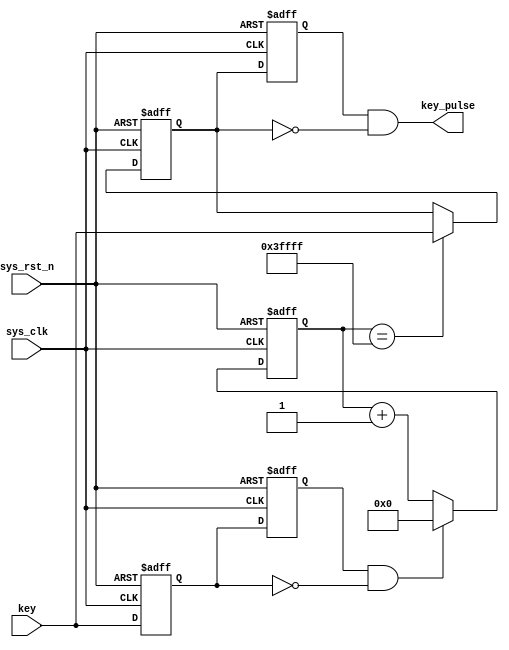
module KEY (sys_clk, sys_rst_n, key, key_pulse);

	input sys_clk;
	input sys_rst_n;
	
	input key;
	
	output key_pulse;
	
	reg key_rst_pre;	//
	reg key_rst;		//
	
	wire key_edge;
	
	always @ (posedge sys_clk or negedge sys_rst_n)
		begin 
		
			if (!sys_rst_n)
				begin
					
					key_rst <= 1'b1;
					
					key_rst_pre <= 1'b1;
				
				end
			else
				begin
						
					key_rst <= key;
					key_rst_pre <= key_rst;
						
				end
		end
		
		assign key_edge = key_rst_pre & (~key_rst);
		
		reg [17 : 0] cnt;
		always @(posedge sys_clk or negedge sys_rst_n)
		begin
			
			if (!sys_rst_n)
				cnt <= 18'b0;
			else if (key_edge)
				cnt <= 18'h0;
			else
				cnt <= cnt + 18'd1;
		end
		
		reg key_sec_pre;		//
		reg key_sec;			//
		always @(posedge sys_clk or negedge sys_rst_n)
			begin
				
				if (!sys_rst_n)
					begin
						
						key_sec <= 1'b1;
						
					end
				else if (cnt == 18'h3ffff)
					begin 
						key_sec <= key;
					end	
			end
		always @(posedge sys_clk or negedge sys_rst_n)
			begin
			
				if (!sys_rst_n)
					begin
						
						key_sec_pre <= 1'b1;
						
					end
				else
					key_sec_pre <= key_sec;
			end
		
		assign key_pulse = key_sec_pre & (~key_sec);

endmodule